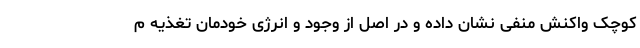
کوچک واکنش منفی نشان داده و در اصل از وجود و انرژی خودمان تغذیه م